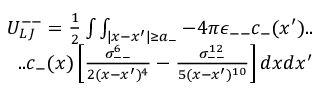
\begin{array} { r } { U _ { L J } ^ { -- } = \frac { 1 } { 2 } \int \int _ { | x - x ^ { \prime } | \geq a _ { - } } - 4 \pi \epsilon _ { -- } c _ { - } ( x ^ { \prime } ) . . } \\ { . . c _ { - } ( x ) \left[ \frac { \sigma _ { -- } ^ { 6 } } { 2 ( x - x ^ { \prime } ) ^ { 4 } } - \frac { \sigma _ { -- } ^ { 1 2 } } { 5 ( x - x ^ { \prime } ) ^ { 1 0 } } \right] d x d x ^ { \prime } } \end{array}